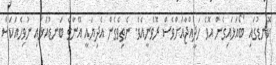
ކޮނޑުގައި ބޯއަޅައިގެން އޮވެ ހަދީއްޖާއަށްވެސް ރޮވެނީއެވެ. ނެތިވެގެން އެދިޔައީ އޭނާގެ ބަނޑުއަޅައި ނުވިހެއަކަސް